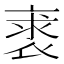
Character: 𧚍